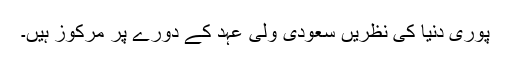
پوری دنیا کی نظریں سعودی ولی عہد کے دورے پر مرکوز ہیں۔